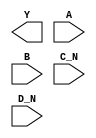
module sky130_fd_sc_hs__nor4bb (
    Y  ,
    A  ,
    B  ,
    C_N,
    D_N
);

    output Y  ;
    input  A  ;
    input  B  ;
    input  C_N;
    input  D_N;

    // Voltage supply signals
    supply1 VPWR;
    supply0 VGND;

endmodule